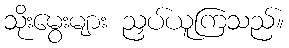
သိုးမွေးများ ညှပ်ယူကြသည်။